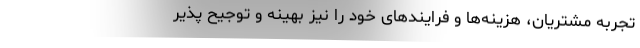
تجربه مشتریان، هزینه‌ها و فرایندهای خود را نیز بهینه و توجیح پذیر